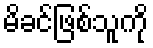
မိခင်ဖြစ်သူကို